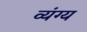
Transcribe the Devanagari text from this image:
व्‍यंग्य